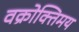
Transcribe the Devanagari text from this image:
वक्रोक्तिमय